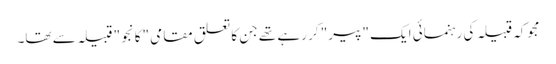
مجوکہ قبیلہ کی رہنمائی ایک "پیر" کر رہے تھے جن کا تعلق مقامی "کانجو" قبیلہ سے تھا۔